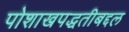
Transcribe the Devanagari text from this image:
पोशाखपद्धतीबद्दल